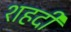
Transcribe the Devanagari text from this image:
शहदी